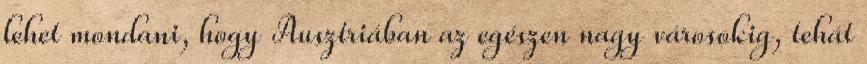
lehet mondani, hogy Ausztriában az egészen nagy városokig, tehát